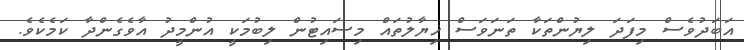
އަބަދުވެސް މިފަދަ ލިޔުންތަކާ ތަނަވަސް ޚިޔާލުތައް މިސައިޓުން ލިބުމަކީ އުންމީދު އާވެގެންދާ ކަމެކެވެ.